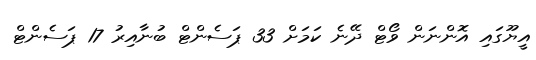
އީޔޫގައި އޮންނަން ވޯޓް ދޭނެ ކަމަށް 33 ޕަސެންޓް ބުނާއިރު 17 ޕަސެންޓް